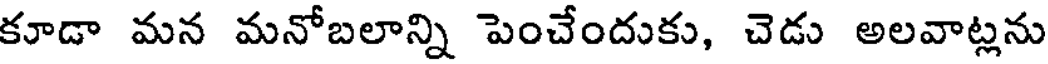
కూడా మన మనోబలాన్ని పెంచేందుకు, చెడు అలవాట్లను